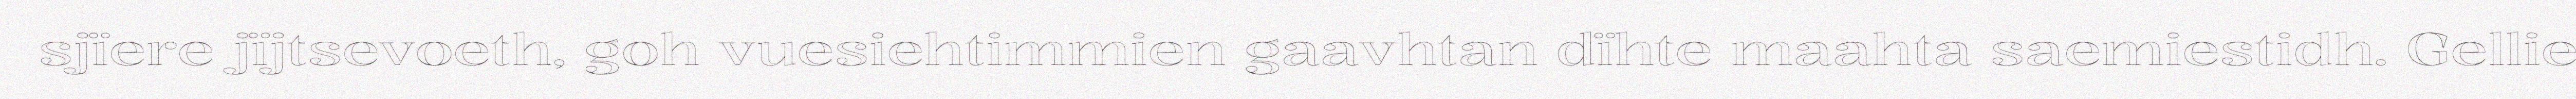
sjïere jïjtsevoeth, goh vuesiehtimmien gaavhtan dïhte maahta saemiestidh. Gellie